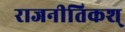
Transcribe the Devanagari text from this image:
राजनीतिकश्